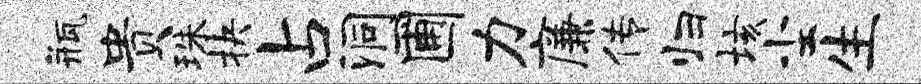
瓶贵珠抉占洞圃力廉传归垓尘生